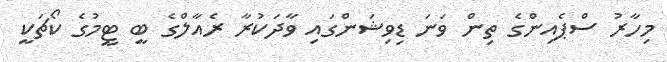
މިހާރު ސްޕެއިންގެ ތިން ވަނަ ޑިވިޝަންގައި ވާދަކުރާ ރެއާލްގެ ބީ ޓީމުގެ ކޯޗަކީ